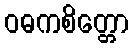
ဝဓကစိတ္တော